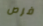
فرص